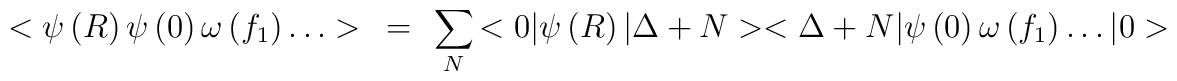
<\psi\left( R \right)\psi\left( 0 \right)\omega\left( f_{1} \right)\ldots>~=~\sum_{N}{<0|\psi\left( R \right)|\Delta+N><\Delta +N|\psi\left( 0\right)\omega\left( f_{1} \right)\ldots |0>}